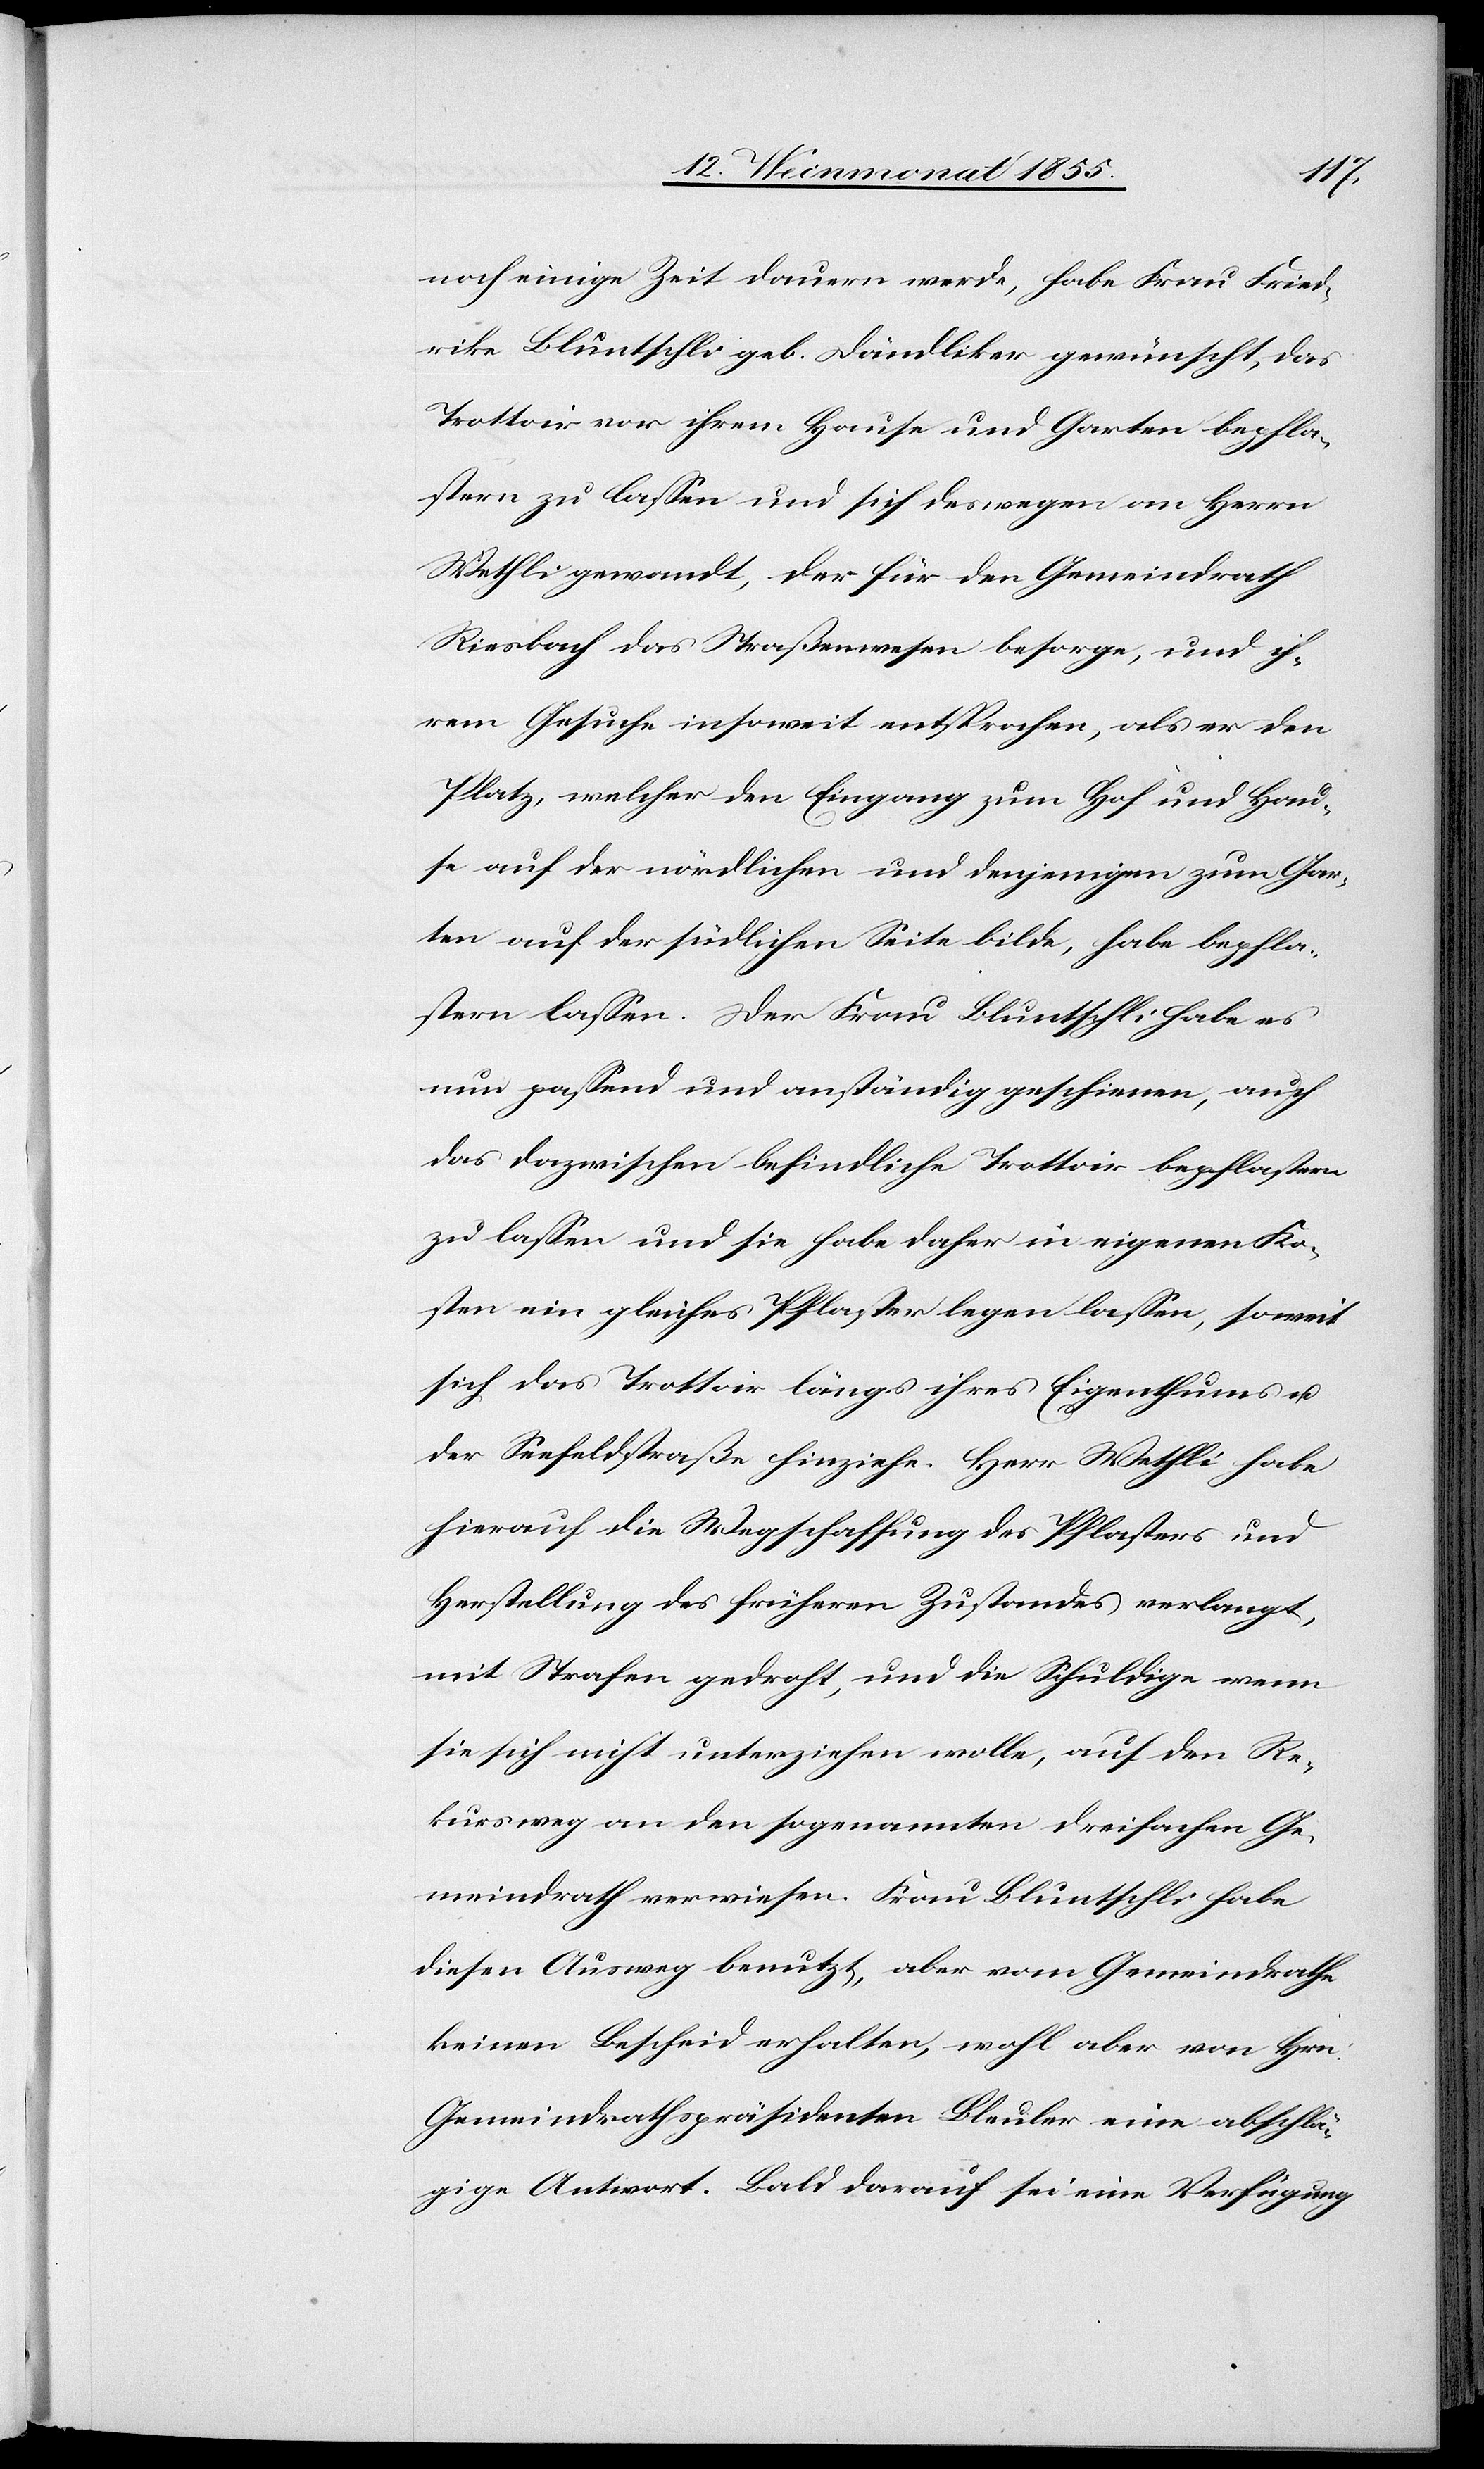
noch einige Zeit dauern werde, habe Frau Fried¬
rike Bluntschli geb. Dändliker gewünscht, das
Trottoir vor ihrem Hause und Garten bepfla¬
stern zu lassen und sich deswegen an Herrn
Wethli gewandt, der für den Gemeindrath
Riesbach das Straßenwesen besorge, und ih¬
rem Gesuche insoweit entsprochen, als er den
Platz, welcher den Eingang zum Hof und Hau¬
se auf der nördlichen und denjenigen zum Gar¬
ten auf der südlichen Seite bilde, habe bepfla¬
stern lassen. Der Frau Bluntschli habe es
nun passend und anständig geschienen, auch
das dazwischen befindliche Trottoir bepflastern
zu lassen und sie habe daher in eigenen Ko¬
sten ein gleiches Pflaster legen lassen, soweit
sich das Trottoir längs ihres Eigenthums u.
der Seefeldstraße hinziehe. Herr Wethli habe
hierauf die Wegschaffung des Pflasters und
Herstellung des früheren Zustandes verlangt,
mit Strafen gedroht, und die Schuldige wenn
sie sich nicht unterziehen wolle, auf den Re¬
kursweg an den sogenannten dreifachen Ge¬
meindrath verwiesen. Frau Bluntschli habe
diesen Ausweg benutzt, aber vom Gemeindrathe
keinen Bescheid erhalten, wohl aber von Hrn.
Gemeindrathspräsidenten Bleuler eine abschlä¬
gige Antwort. Bald darauf sei eine Verfügung